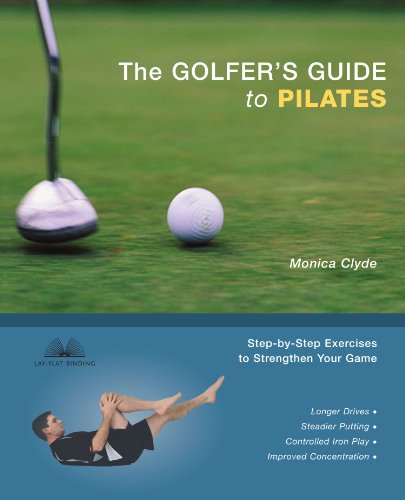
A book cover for The Golfer's Guide to Pilates: Step-by-Step Exercises to Strengthen Your Game; Monica Clyde; Health, Fitness & Dieting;